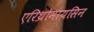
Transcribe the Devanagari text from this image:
एरिथ्रोमायसिन